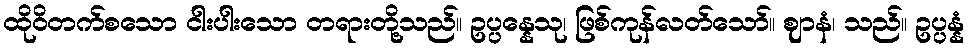
ထိုဝိတက်စသော ငါးပါးသော တရားတို့သည်။ ဥပ္ပန္နေသု၊ ဖြစ်ကုန်လတ်သော်။ ဈာနံ၊ သည်။ ဥပ္ပန္နံ